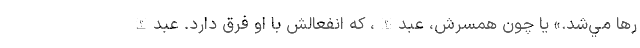
رها مي‌شد.» يا چون همسرش، عبدالله، كه انفعالش با او فرق دارد. عبدالله